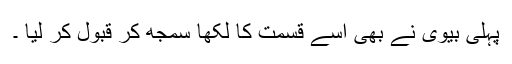
پہلی بیوی نے بھی اسے قسمت کا لکھا سمجھ کر قبول کر لیا ۔